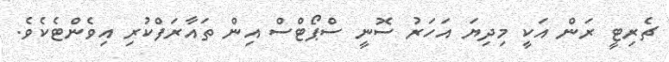
ޗެރިޓީ ރަން އަކީ މިދިޔަ އަހަރު ސޮނީ ސްޕޯޓްސް އިން ތައާރަފްކުރި އިވެންޓެކެވެ.